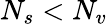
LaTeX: N_{s}<N_{v}